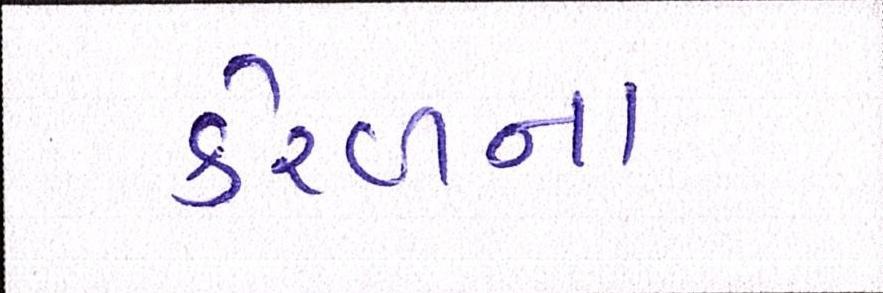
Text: કેરળના